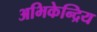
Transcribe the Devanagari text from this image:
अभिकेन्द्रिय